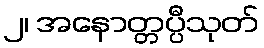
၂၊ အနောတ္တပ္ပီသုတ်